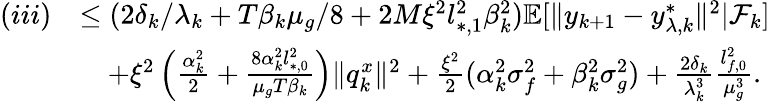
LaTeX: \begin{array}{rl}{(iii)}&{\le(2\delta_{k}/\lambda_{k}+T\beta_{k}\mu_{g}/8+2M\xi^{2}l_{*,1}^{2}\beta_{k}^{2})\mathbb{E}[\| y_{k+1}-y_{\lambda,k}^{*}\| ^{2}|\mathcal{F}_{k}]}\\ &{\quad+\xi^{2}\left(\frac{\alpha_{k}^{2}}{2}+\frac{8\alpha_{k}^{2}l_{*,0}^{2}}{\mu_{g}T\beta_{k}}\right)\| q_{k}^{x}\| ^{2}+\frac{\xi^{2}}{2}(\alpha_{k}^{2}\sigma_{f}^{2}+\beta_{k}^{2}\sigma_{g}^{2})+\frac{2\delta_{k}}{\lambda_{k}^{3}}\frac{l_{f,0}^{2}}{\mu_{g}^{3}}.}\end{array}